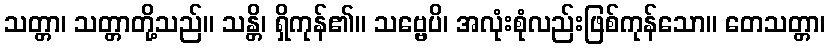
သတ္တာ၊ သတ္တာတို့သည်။ သန္တိ၊ ရှိကုန်၏။ သဗ္ဗေပိ၊ အလုံးစုံလည်းဖြစ်ကုန်သော။ တေသတ္တာ၊